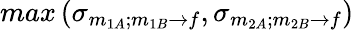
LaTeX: max\left(\sigma_{m_{1A};m_{1B}\rightarrow f},\sigma_{m_{2A};m_{2B}\rightarrow f}\right)